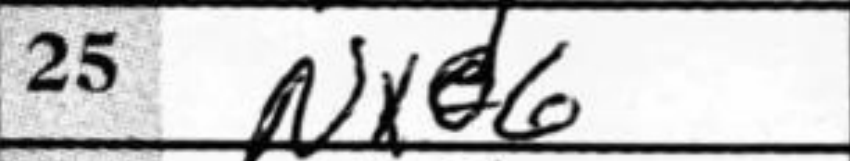
Transcription: Nxd6